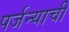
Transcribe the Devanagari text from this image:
पर्जन्याची